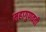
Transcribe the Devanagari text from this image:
महागुणवती